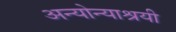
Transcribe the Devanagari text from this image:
अन्योन्याश्रयी